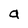
Character: a